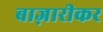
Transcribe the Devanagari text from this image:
बाज़ारीकर